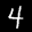
Label: 4